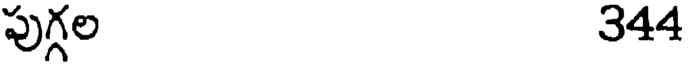
పుగ్గల 344